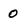
Character: 0